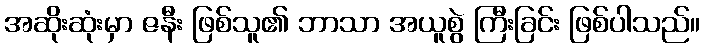
အဆိုးဆုံးမှာ ဇနီး ဖြစ်သူ၏ ဘာသာ အယူစွဲ ကြီးခြင်း ဖြစ်ပါသည်။